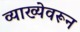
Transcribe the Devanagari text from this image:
व्याख्येवरून